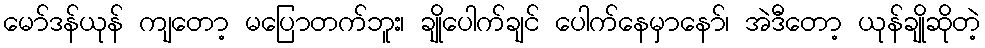
မော်ဒန်ယုန် ကျတော့ မပြောတက်ဘူး၊ ချိုပေါက်ချင် ပေါက်နေမှာနော်၊ အဲဒီတော့ ယုန်ချိုဆိုတဲ့